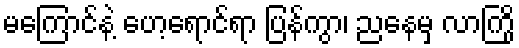
မကြောင်နဲ့ ဟေ့ရောင်ရာ ပြန်ကွာ၊ ညနေမှ လာကြို